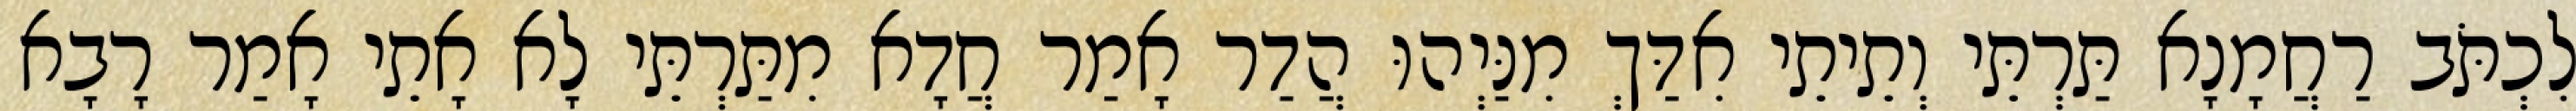
לִכְתֹּב רַחֲמָנָא תַּרְתֵּי וְתֵיתֵי אִדַּךְ מִנַּיְהוּ הֲדַר אָמַר חֲדָא מִתַּרְתֵּי לָא אָתֵי אָמַר רָבָא